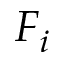
F _ { i }